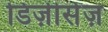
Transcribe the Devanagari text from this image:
डिज़ीसेज़